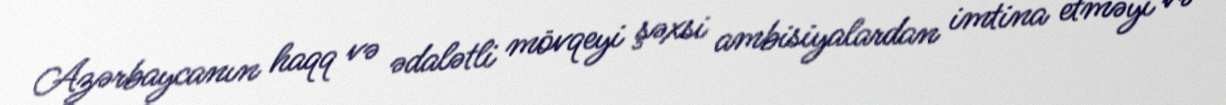
Azərbaycanın haqq və ədalətli mövqeyi şəxsi ambisiyalardan imtina etməyi və